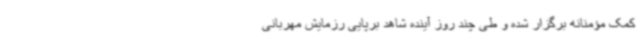
کمک مؤمنانه برگزار شده و طی چند روز آینده شاهد برپایی رزمایش مهربانی